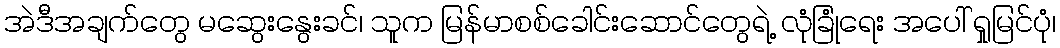
အဲဒီအချက်တွေ မဆွေးနွေးခင်၊ သူက မြန်မာစစ်ခေါင်းဆောင်တွေရဲ့ လုံခြုံရေး အပေါ် ရှုမြင်ပုံ၊